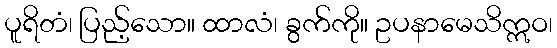
ပူရိတံ၊ ပြည့်သော။ ထာလံ၊ ခွက်ကို။ ဥပနာမေသိဣဝ၊